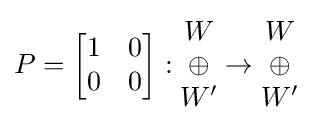
P={\begin{bmatrix}1&0\\0&0\end{bmatrix}}:{\begin{matrix}W\\\oplus \\W'\end{matrix}}\rightarrow {\begin{matrix}W\\\oplus \\W'\end{matrix}}